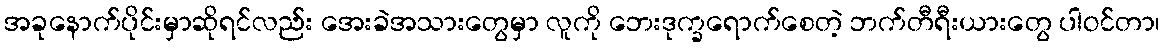
အခုနောက်ပိုင်းမှာဆိုရင်လည်း အေးခဲအသားတွေမှာ လူကို ဘေးဒုက္ခရောက်စေတဲ့ ဘက်တီရီးယားတွေ ပါဝင်တာ၊